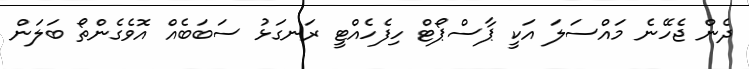
ދެން ޖެހޭނެ މައްސަލަ އަކީ ޕާސްޕޯޓް ހިފެހެއްޓީ ރަނގަޅު ސަބަބެއް އޮވެގެންތޯ ބަލަން